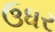
ઉધર